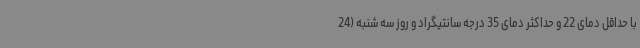
با حداقل دمای 22 و حداکثر دمای 35 درجه سانتیگراد و روز سه شنبه (24